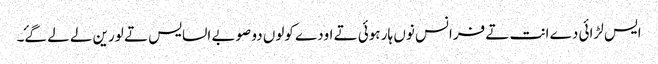
ایس لڑائی دے انت تے فرانس نوں ہار ہوئی تے اودے کولوں دو صوبے السایس تے لورین لے لے گۓ۔